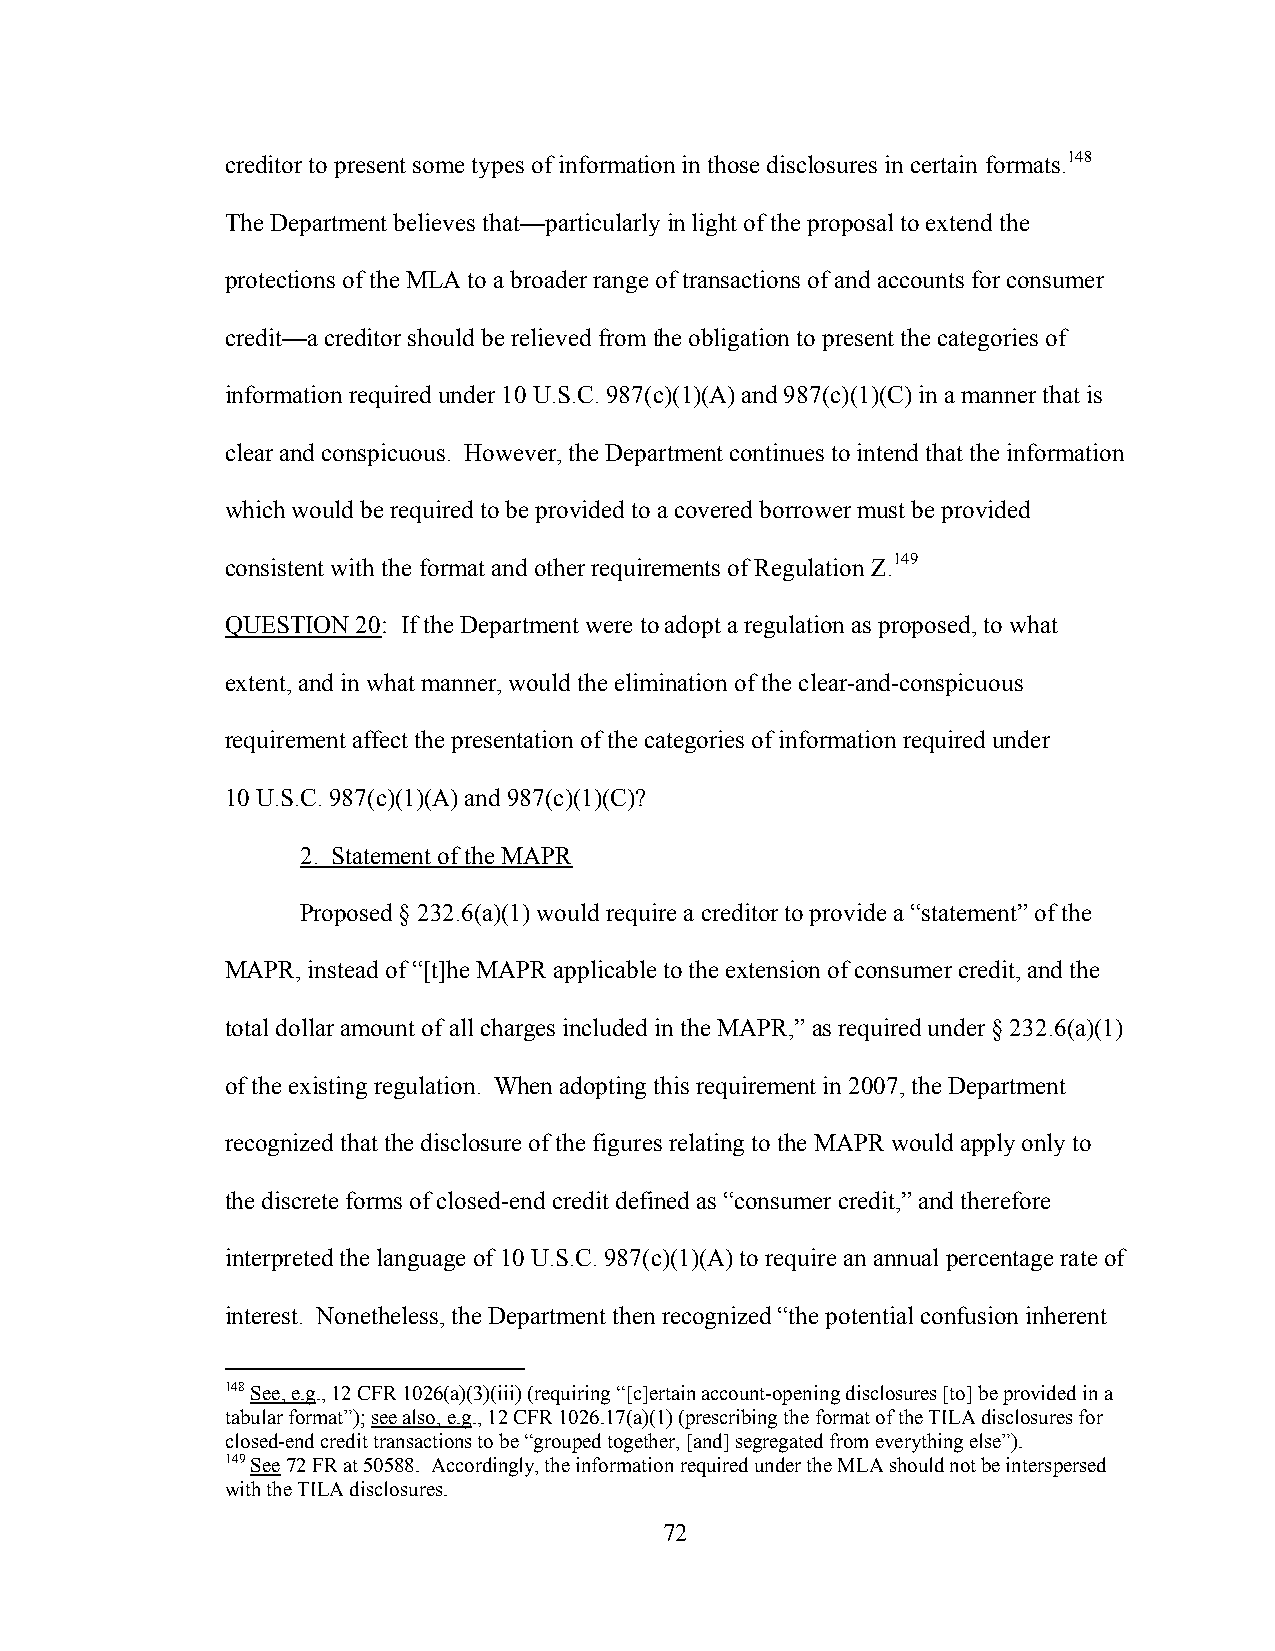
creditor to present some types of information in those disclosures in certain formats.148
 The Department believes that—particularly in light of the proposal to extend the
 protections of the MLA to a broader range of transactions of and accounts for consumer
 credit—a creditor should be relieved from the obligation to present the categories of
 information required under 10 U.S.C. 987(c)(1)(A) and 987(c)(1)(C) in a manner that is
 clear and conspicuous. However, the Department continues to intend that the information
 which would be required to be provided to a covered borrower must be provided
 consistent with the format and other requirements of Regulation Z.149
 QUESTION 20: If the Department were to adopt a regulation as proposed, to what
 extent, and in what manner, would the elimination of the clear-and-conspicuous
 requirement affect the presentation of the categories of information required under
 10 U.S.C. 987(c)(1)(A) and 987(c)(1)(C)?
 2. Statement of the MAPR
 Proposed § 232.6(a)(1) would require a creditor to provide a “statement” of the
 MAPR, instead of “[t]he MAPR applicable to the extension of consumer credit, and the
 total dollar amount of all charges included in the MAPR,” as required under § 232.6(a)(1)
 of the existing regulation. When adopting this requirement in 2007, the Department
 recognized that the disclosure of the figures relating to the MAPR would apply only to
 the discrete forms of closed-end credit defined as “consumer credit,” and therefore
 interpreted the language of 10 U.S.C. 987(c)(1)(A) to require an annual percentage rate of
 interest. Nonetheless, the Department then recognized “the potential confusion inherent
 148 See, e.g., 12 CFR 1026(a)(3)(iii) (requiring “[c]ertain account-opening disclosures [to] be provided in a
 tabular format”); see also, e.g., 12 CFR 1026.17(a)(1) (prescribing the format of the TILA disclosures for
 closed-end credit transactions to be “grouped together, [and] segregated from everything else”).
 149 See 72 FR at 50588. Accordingly, the information required under the MLA should not be interspersed
 with the TILA disclosures.
 72